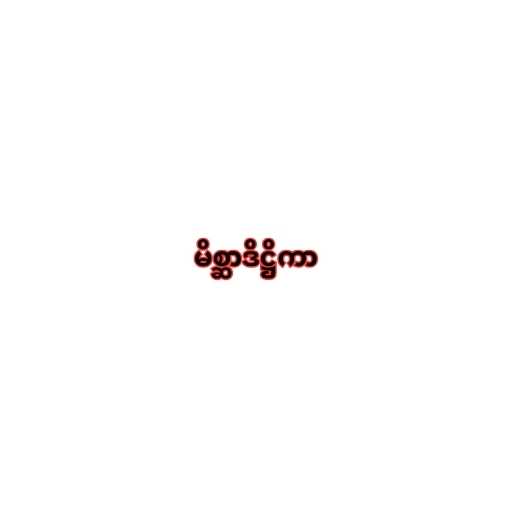
မိစ္ဆာဒိဋ္ဌိကာ